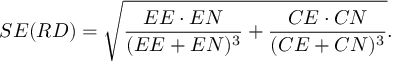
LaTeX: S E ( R D ) = { \sqrt { { \frac { E E \cdot E N } { ( E E + E N ) ^ { 3 } } } + { \frac { C E \cdot C N } { ( C E + C N ) ^ { 3 } } } } } .